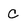
Character: C